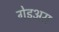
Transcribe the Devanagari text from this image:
गेइअस